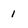
Character: 1